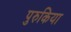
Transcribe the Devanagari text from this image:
पुरुकिया